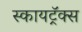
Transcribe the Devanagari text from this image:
स्कायट्रॅक्स